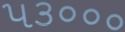
૫૩૦૦૦